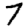
Digit: 7